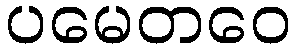
ပမေတဝေ